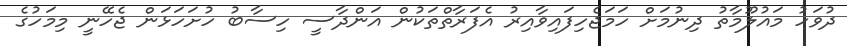
ދުވަހު މައުލޫމާތު ދިނުމަށް ހަމަޖެހިފައިވާއިރު އެފަރާތްތަކުން އަންދާސީ ހިސާބު ހުށަހަޅަން ޖެހޭނީ މިމަހުގެ